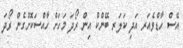
އޭސް ހާޑްވެއަރ އަދި ކަލަރ ބޭންކް އިން ރޯދަ މަހަށް ހާއްސަކޮށްގެން ރޯދަ